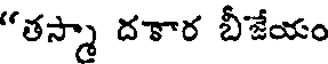
"తస్మా దకార బీజేయం